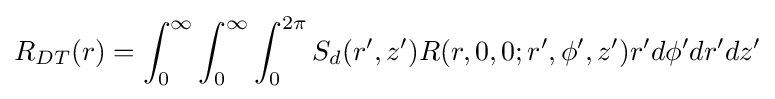
R_{DT}(r)=\int _{0}^{\infty }\int _{0}^{\infty }\int _{0}^{2\pi }S_{d}(r',z')R(r,0,0;r',\phi ',z')r'd\phi 'dr'dz'